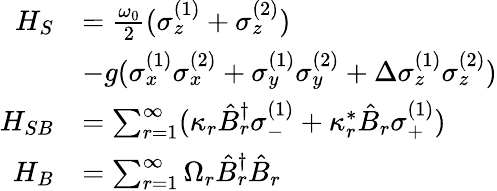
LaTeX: \begin{array}{rl}{H_{S}}&{=\frac{\omega_{0}}{2}(\sigma_{z}^{(1)}+\sigma_{z}^{(2)})}\\ &{-g(\sigma_{x}^{(1)}\sigma_{x}^{(2)}+\sigma_{y}^{(1)}\sigma_{y}^{(2)}+\Delta\sigma_{z}^{(1)}\sigma_{z}^{(2)})}\\ {H_{SB}}&{=\sum_{r=1}^{\infty}(\kappa_{r}\hat{B}_{r}^{\dagger}\sigma_{-}^{(1)}+\kappa_{r}^{*}\hat{B}_{r}\sigma_{+}^{(1)})}\\ {H_{B}}&{=\sum_{r=1}^{\infty}\Omega_{r}\hat{B}_{r}^{\dagger}\hat{B}_{r}}\end{array}